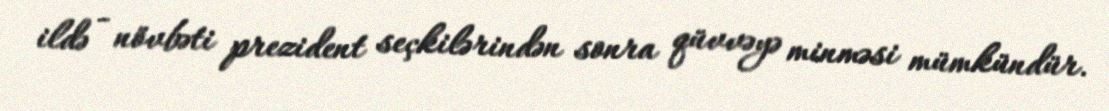
ildə - növbəti prezident seçkilərindən sonra qüvvəyə minməsi mümkündür.